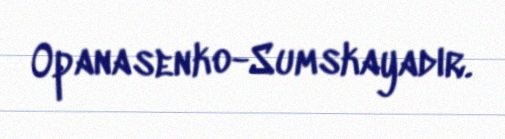
Opanasenko-Sumskayadır.